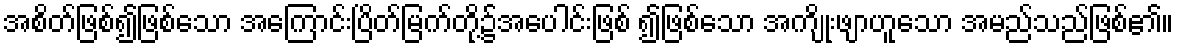
အစိတ်ဖြစ်၍ဖြစ်သော အကြောင်းပြိတ်မြက်တို့၌အပေါင်းဖြစ် ၍ဖြစ်သော အကျိုးဖျာဟူသော အမည်သည်ဖြစ်၏။